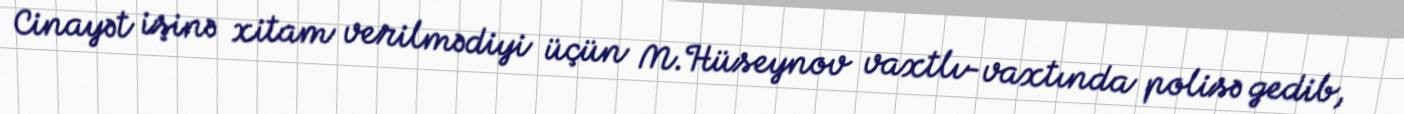
Cinayət işinə xitam verilmədiyi üçün M.Hüseynov vaxtlı-vaxtında polisə gedib,